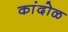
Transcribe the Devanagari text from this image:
कांदोळ